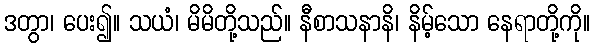
ဒတွာ၊ ပေး၍။ သယံ၊ မိမိတို့သည်။ နီစာသနာနိ၊ နိမ့်သော နေရာတို့ကို။